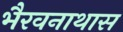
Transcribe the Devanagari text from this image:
भैरवनाथास